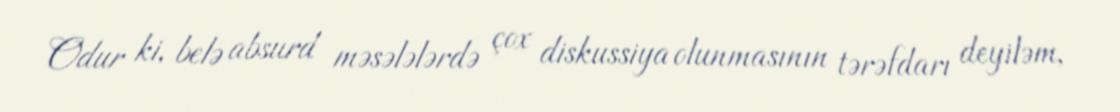
Odur ki, belə absurd məsələlərdə çox diskussiya olunmasının tərəfdarı deyiləm,